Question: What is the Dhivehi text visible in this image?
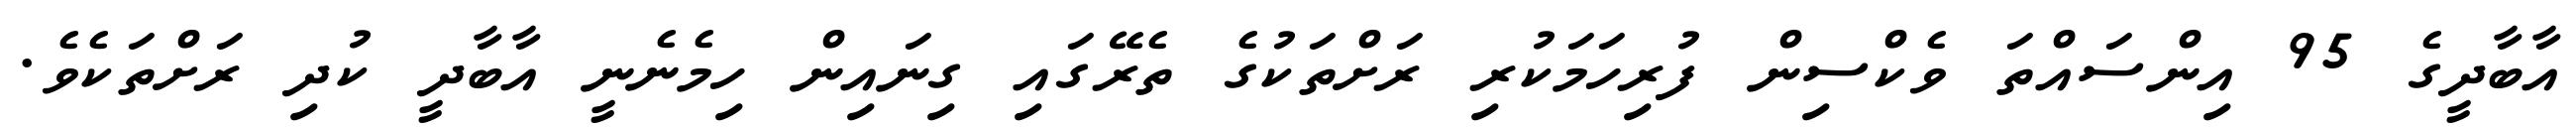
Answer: އާބާދީގެ 95 އިންސައްތަ ވެކްސިން ފުރިހަމަކުރި ރަށްތަކުގެ ތެރޭގައި ގިނައިން ހިމެނެނީ އާބާދީ ކުދި ރަށްތަކެވެ.